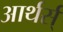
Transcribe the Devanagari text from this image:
आर्थर्स्